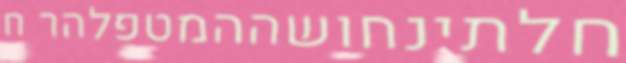
חלתינחושההמטפלהר ח